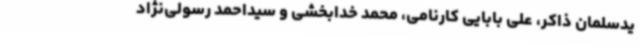
یدسلمان ذاکر،‌ علی بابایی کارنامی، محمد خدابخشی و سیداحمد رسولی‌نژاد